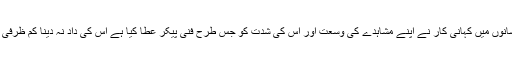
ان دو افسانوں میں کہانی کار نے اپنے مشاہدے کی وسعت اور اس کی شدت کو جس طرح فنی پیکر عطا کیا ہے اس کی داد نہ دینا کم ظرفی ہو گی‘‘۔